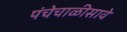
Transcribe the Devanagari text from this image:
पंचेचाळीसावे